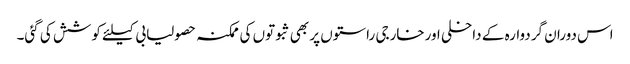
اس دوران گردوارہ کے داخلی اورخارجی راستوں پر بھی ثبوتوں کی ممکنہ حصولیابی کیلئے کوشش کی گئی۔